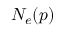
N _ { e } ( p )